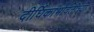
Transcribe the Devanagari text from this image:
दीर्घिकांभोवतीच्या